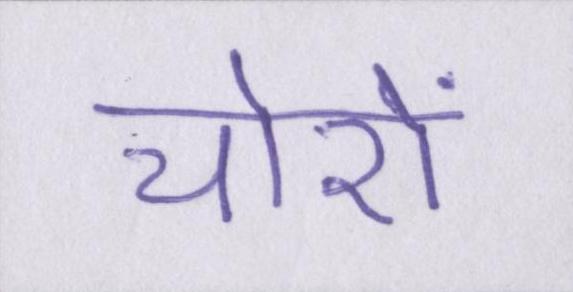
चोरों